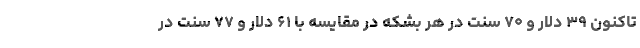
تاکنون ۳۹ دلار و ۷۰ سنت در هر بشکه در مقایسه با ۶۱ دلار و ۷۷ سنت در